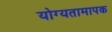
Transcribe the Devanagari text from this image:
योग्यतामापक